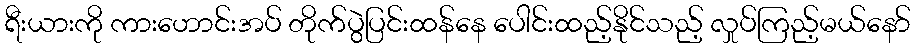
ရီးယားကို ကားဟောင်းအပ် တိုက်ပွဲပြင်းထန်နေ ပေါင်းထည့်နိုင်သည့် လှုပ်ကြည့်မယ်နော်